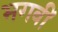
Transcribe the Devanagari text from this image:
भगवीं